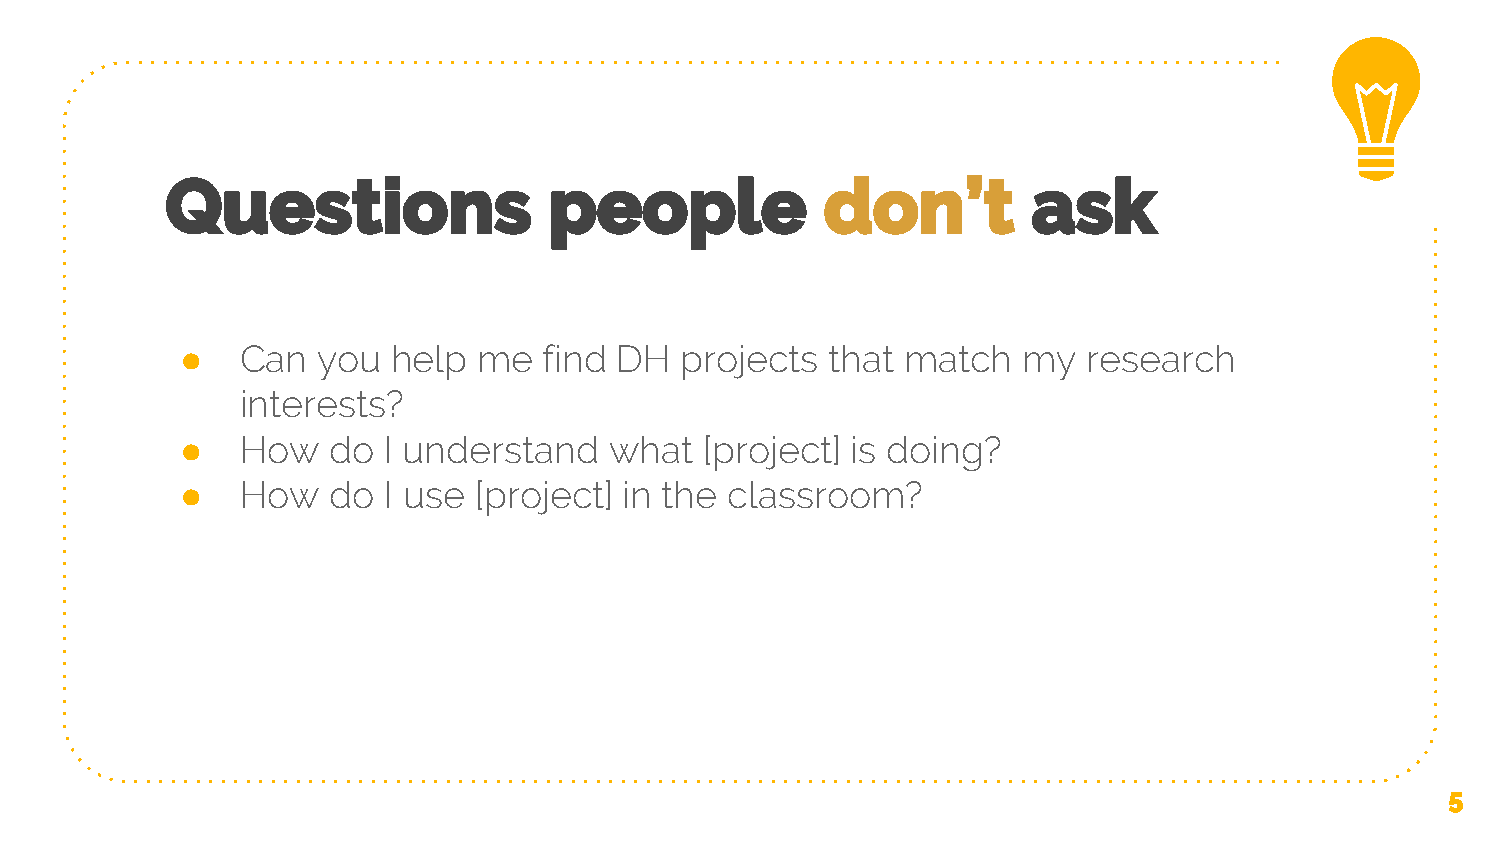
Questions                people             don’t        ask
 ●   Can  you  help  me  find DH  projects  that match   my  research
 interests?
 ●   How   do I understand   what   [project] is doing?
 ●   How   do I use [project] in the classroom?
 5